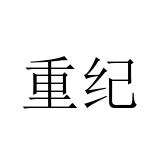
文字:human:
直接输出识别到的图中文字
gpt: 重纪